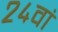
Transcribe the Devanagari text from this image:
२४वां